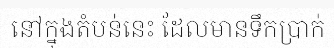
នៅក្នុងតំបន់នេះ ដែលមានទឹកប្រាក់